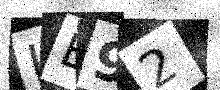
Text: LE92